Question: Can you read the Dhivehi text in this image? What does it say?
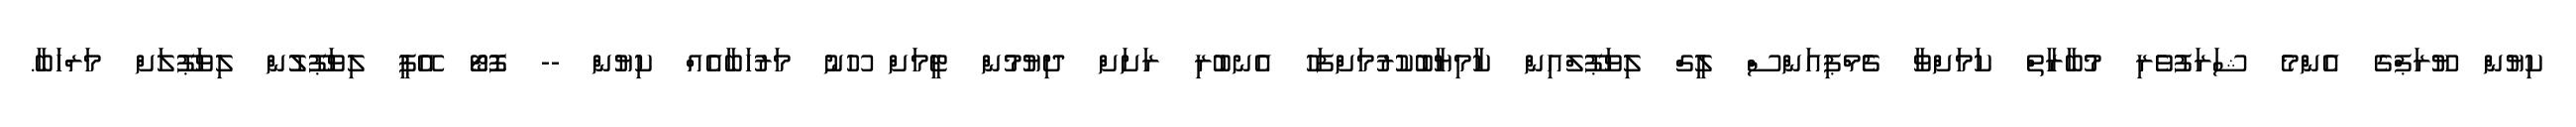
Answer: ކިޔުން ޔޫރަޕްގެ އެންމެ ޝަރަފުވެރި މުބާރާތް ކަމަށްވާ ޗެމްޕިއަންސް ލީގް ލިވަޕޫލްއިން ކާމިޔާބުކުރުމަށްފަހު އެނބުރި ރަށަށް ދިޔުމުން ޓީމަށް ހޫނު މަރުހަބާއެއް ކިޔުން -- ފޮޓޯ އޭޕީ ލިވަޕޫލުން ލިވަޕޫލަށް މަރްހަބާ.